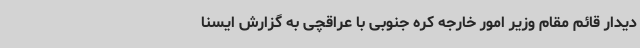
دیدار قائم مقام وزیر امور خارجه کره جنوبی با عراقچی به گزارش ایسنا